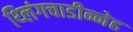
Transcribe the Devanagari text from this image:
थ्लिंगचाडीन्नेह